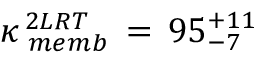
\kappa _ { \, \, m e m b } ^ { \, 2 L R T } \, = \, 9 5 _ { - 7 } ^ { + 1 1 }